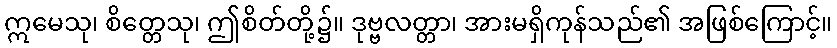
ဣမေသု၊ စိတ္တေသု၊ ဤစိတ်တို့၌။ ဒုဗ္ဗလတ္တာ၊ အားမရှိကုန်သည်၏ အဖြစ်ကြောင့်။